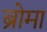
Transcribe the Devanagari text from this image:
ब्रोमा